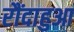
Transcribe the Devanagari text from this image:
रौंदाहुआ